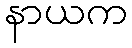
နာယက